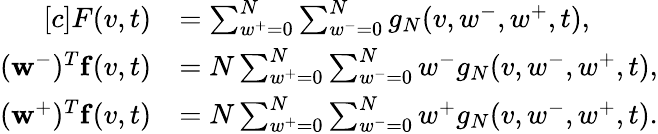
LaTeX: \begin{array}{r}{\begin{array}{rl}{[c]F(v,t)}&{=\sum_{w^{+}=0}^{N}\sum_{w^{-}=0}^{N}g_{N}(v,w^{-},w^{+},t),}\\ {(\mathbf{w}^{-})^{T}\mathbf{f}(v,t)}&{=N\sum_{w^{+}=0}^{N}\sum_{w^{-}=0}^{N}w^{-}g_{N}(v,w^{-},w^{+},t),}\\ {(\mathbf{w}^{+})^{T}\mathbf{f}(v,t)}&{=N\sum_{w^{+}=0}^{N}\sum_{w^{-}=0}^{N}w^{+}g_{N}(v,w^{-},w^{+},t).}\end{array}}\end{array}